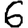
Digit: 6